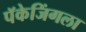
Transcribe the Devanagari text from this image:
पॅकेजिंगला